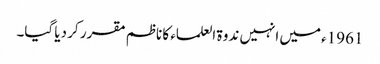
1961ء میں انہیں ندوۃ العلماء کا ناظم مقرر کر دیا گیا۔